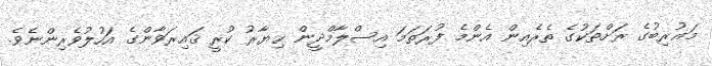
މަޣުރިބުގެ ރަށްތަކުގެ ތެރެއިން އެންމެ ފުރަތަމަ އިސްލާމްދީން ޚިޔާރު ކުރީ ޤައިރަވާންގެ އަހުލުވެރިންނެވެ.